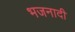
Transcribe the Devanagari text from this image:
भजनादी